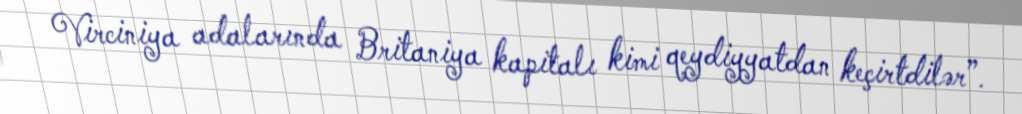
Virciniya adalarında Britaniya kapitalı kimi qeydiyyatdan keçirtdilər”.